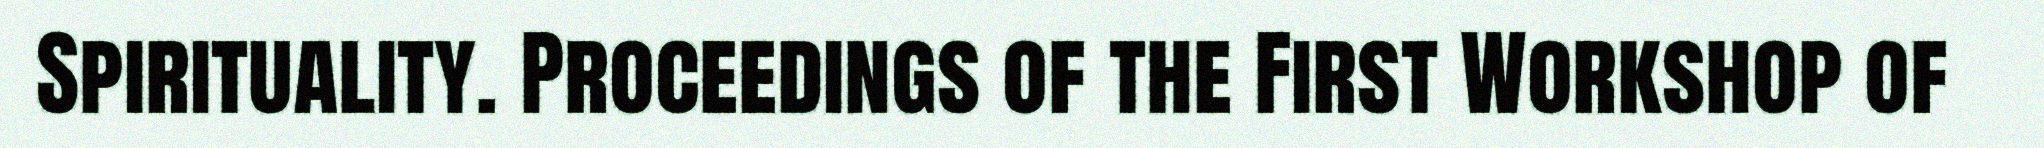
Spirituality. Proceedings of the First Workshop of